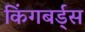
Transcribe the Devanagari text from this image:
किंगबर्ड्स